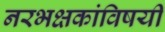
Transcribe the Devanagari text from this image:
नरभक्षकांविषयी